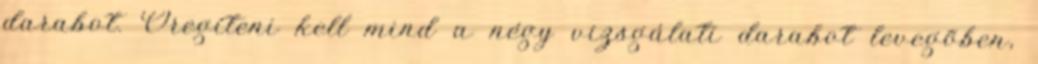
darabot. Öregíteni kell mind a négy vizsgálati darabot levegõben,